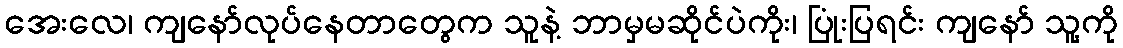
အေးလေ၊ ကျနော်လုပ်နေတာတွေက သူနဲ့ ဘာမှမဆိုင်ပဲကိုး၊ ပြုံးပြရင်း ကျနော် သူ့ကို